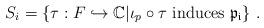
LaTeX: \begin{align*}S_i=\{\tau: F\hookrightarrow \mathbb{C}|\iota_p\circ\tau\ \mathrm{induces}\ \mathfrak{p_i}\}\ .\end{align*}